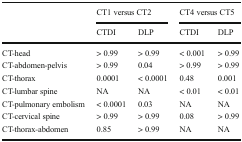
| <ROWSPAN=2>  | <COLSPAN=2> CT1 versus CT2 | <COLSPAN=2> CT4 versus CT5 |
 | CTDI | DLP | CTDI | DLP |
 | --- | --- | --- | --- | --- |
 | CT-head | > 0.99 | > 0.99 | < 0.001 | > 0.99 |
 | CT-abdomen-pelvis | > 0.99 | 0.04 | > 0.99 | > 0.99 |
 | CT-thorax | 0.0001 | < 0.0001 | 0.48 | 0.001 |
 | CT-lumbar spine | NA | NA | < 0.01 | < 0.01 |
 | CT-pulmonary embolism | < 0.0001 | 0.03 | NA | NA |
 | CT-cervical spine | > 0.99 | > 0.99 | 0.08 | > 0.99 |
 | CT-thorax-abdomen | 0.85 | > 0.99 | NA | NA |